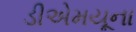
ડીએમયૂના